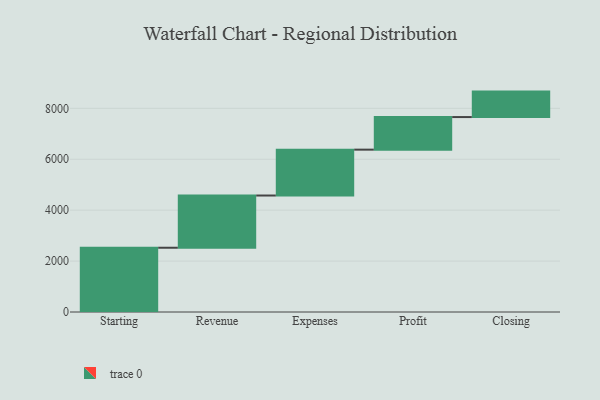
{"axis": {"x": "Step", "y": "Value"}, "legend": [""], "data": [{"x": "Starting", "y": 2524.0, "type": ""}, {"x": "Revenue", "y": 2051.0, "type": ""}, {"x": "Expenses", "y": 1802.0, "type": ""}, {"x": "Profit", "y": 1280.0, "type": ""}, {"x": "Closing", "y": 1000, "type": ""}]}